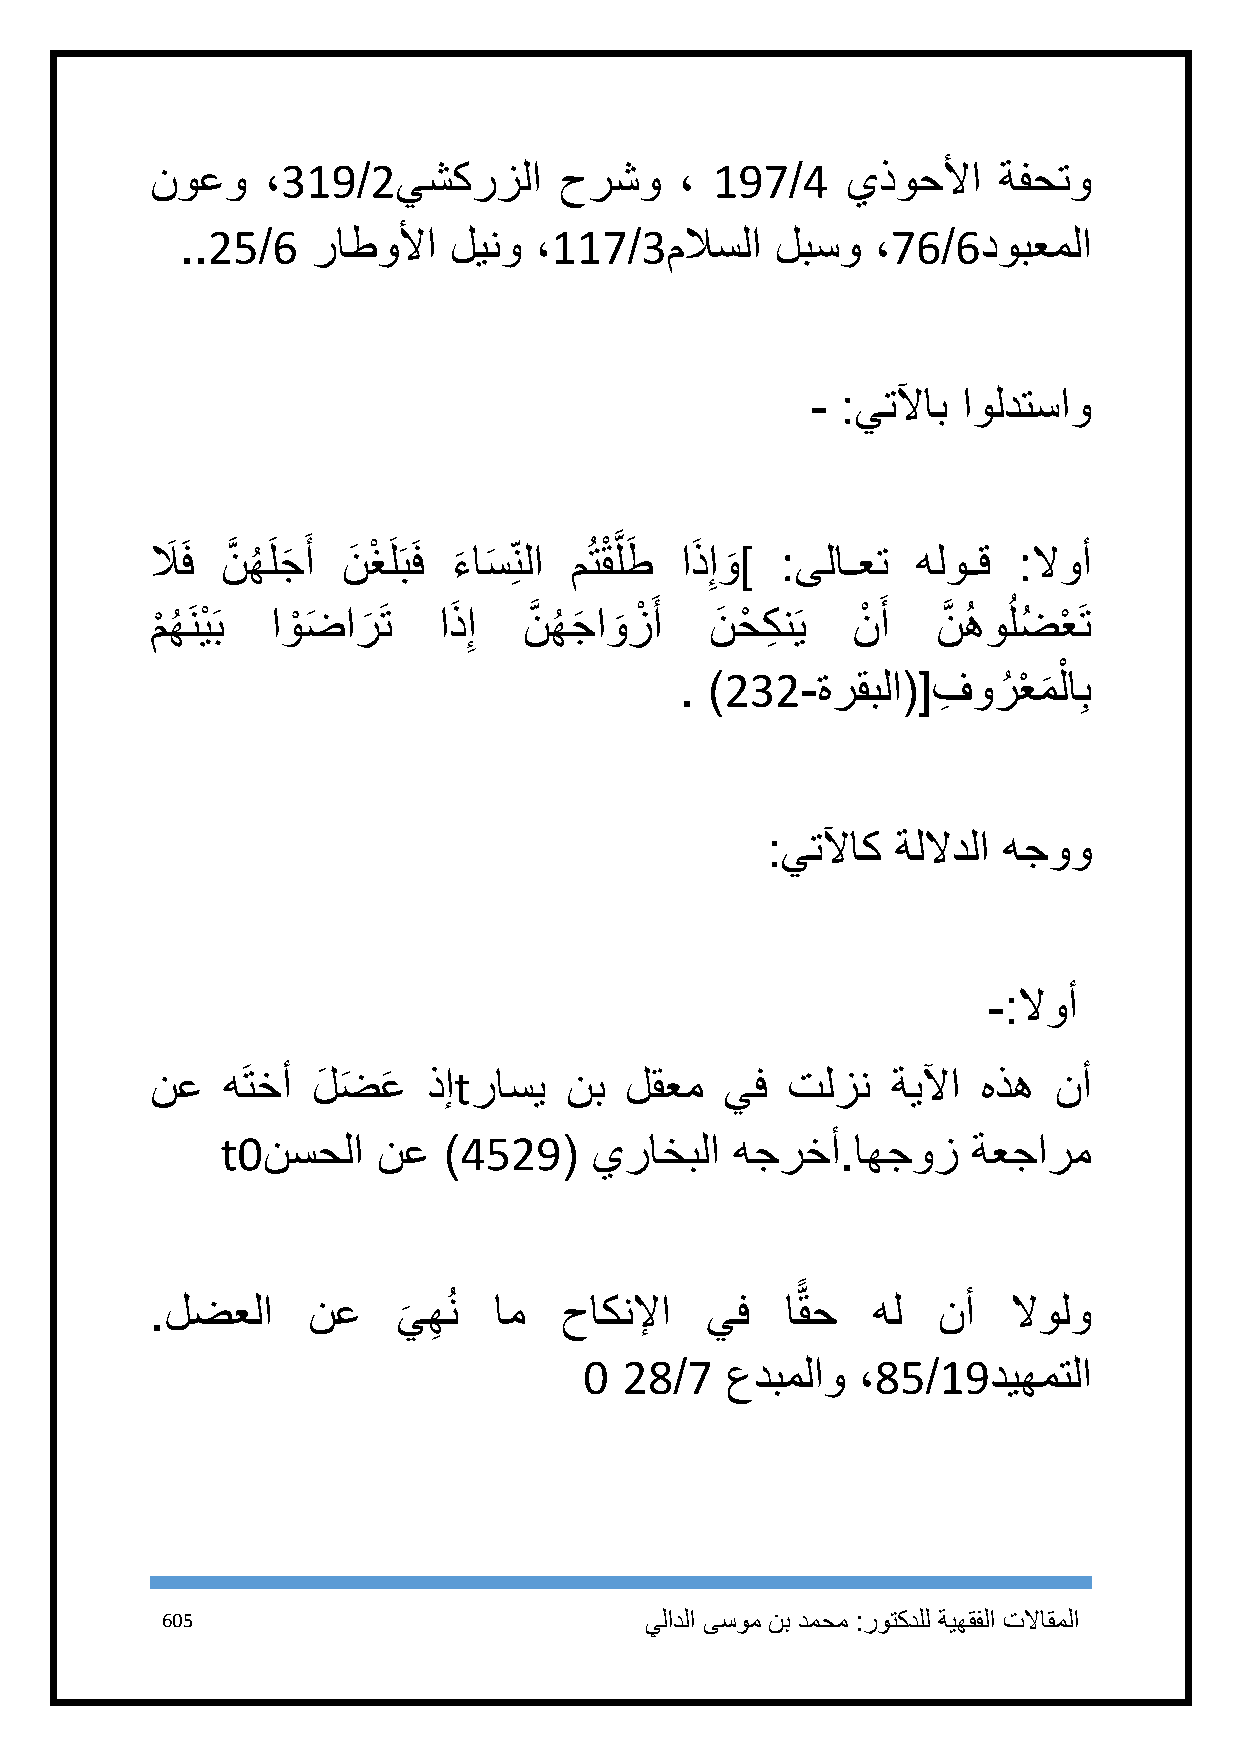
نوعو    ،319/2يشكرزلا      حرشو    ، 197/4    يذوحلأا   ةفحتو
 ..25/6   راطولأا  لينو ،117/3ملاسلا    لبسو   ،76/6دوبعملا
 - :يتلآاب اولدتساو
 لاَ َف نَّ هُ َلجَ َ أ نَ غْ َلَبَف ء
 َ
 اسَ ِنلا مُتقْ َّ لطَ اذَ ِإو
 َ
 ]  :ىلاـعت  هلوـق :لاوأ
 م
 ْ
 هُ َنيْ َب اوْ ضَ ار
 َ
 َت  اذَ ِإ نَّ هُ جَ او
 َ
 زْ َ أ نَ حْ كِ نَي نْ َ أ نَّ هُ وُ لضُ عْ َت
 ْ
 . )232-ةرقبلا([  فِ ورُ عْ م
 َ
 لاِب
 :يتلآاك ةللادلا هجوو
 -:لاوأ
 نع   هَتخأ لَ ضَ عَ ذإtراسي نب لقعم   يف  تلزن   ةيلآا هذه  نأ
 t0نسحلا   نع  )4529(    يراخبلا   هجرخأ.اهجوز    ةعجارم
 .لضعلا    نع    يهُن   ام  حاكنلإا   يف   اًّ قح هل نأ   لاولو
 َ ِ
 1 28/7   عدبملاو  ،85/19ديهمتلا
 615                             يلادلا ىسوم نب دمحم :روتكدلل ةيهقفلا تلااقملا